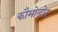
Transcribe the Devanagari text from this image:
कौमोडोर